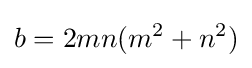
b=2mn(m^{2}+n^{2})